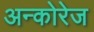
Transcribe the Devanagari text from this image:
अन्कोरेज